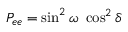
P _ { e e } = \sin ^ { 2 } \omega \ \cos ^ { 2 } \delta